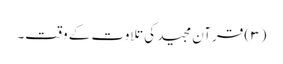
(۳) قرآن مجید کی تلاوت کے وقت۔